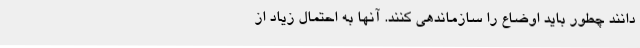
‌دانند چطور باید اوضاع را سازماندهی کنند. آنها به احتمال زیاد از